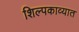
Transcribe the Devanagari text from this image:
शिल्पकाव्यात